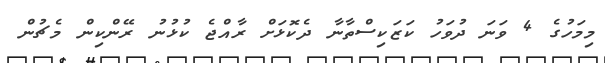
މިމަހުގެ 4 ވަނަ ދުވަހު ކަޒަކިސްތާނާ ދެކޮޅަށް ރާއްޖެ ކުޅުނު ރޭންކިން މެޗުން